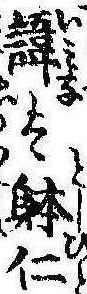
諱は体仁